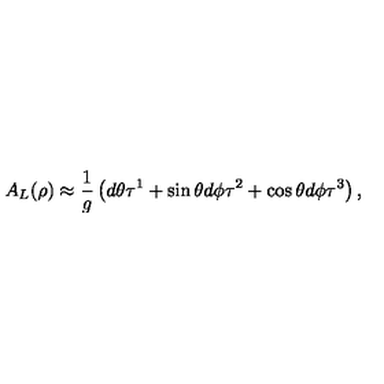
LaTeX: A _ { L } ( \rho ) \approx \frac { 1 } { g } \left( d \theta \tau ^ { 1 } + \sin \theta d \phi \tau ^ { 2 } + \cos \theta d \phi \tau ^ { 3 } \right) ,